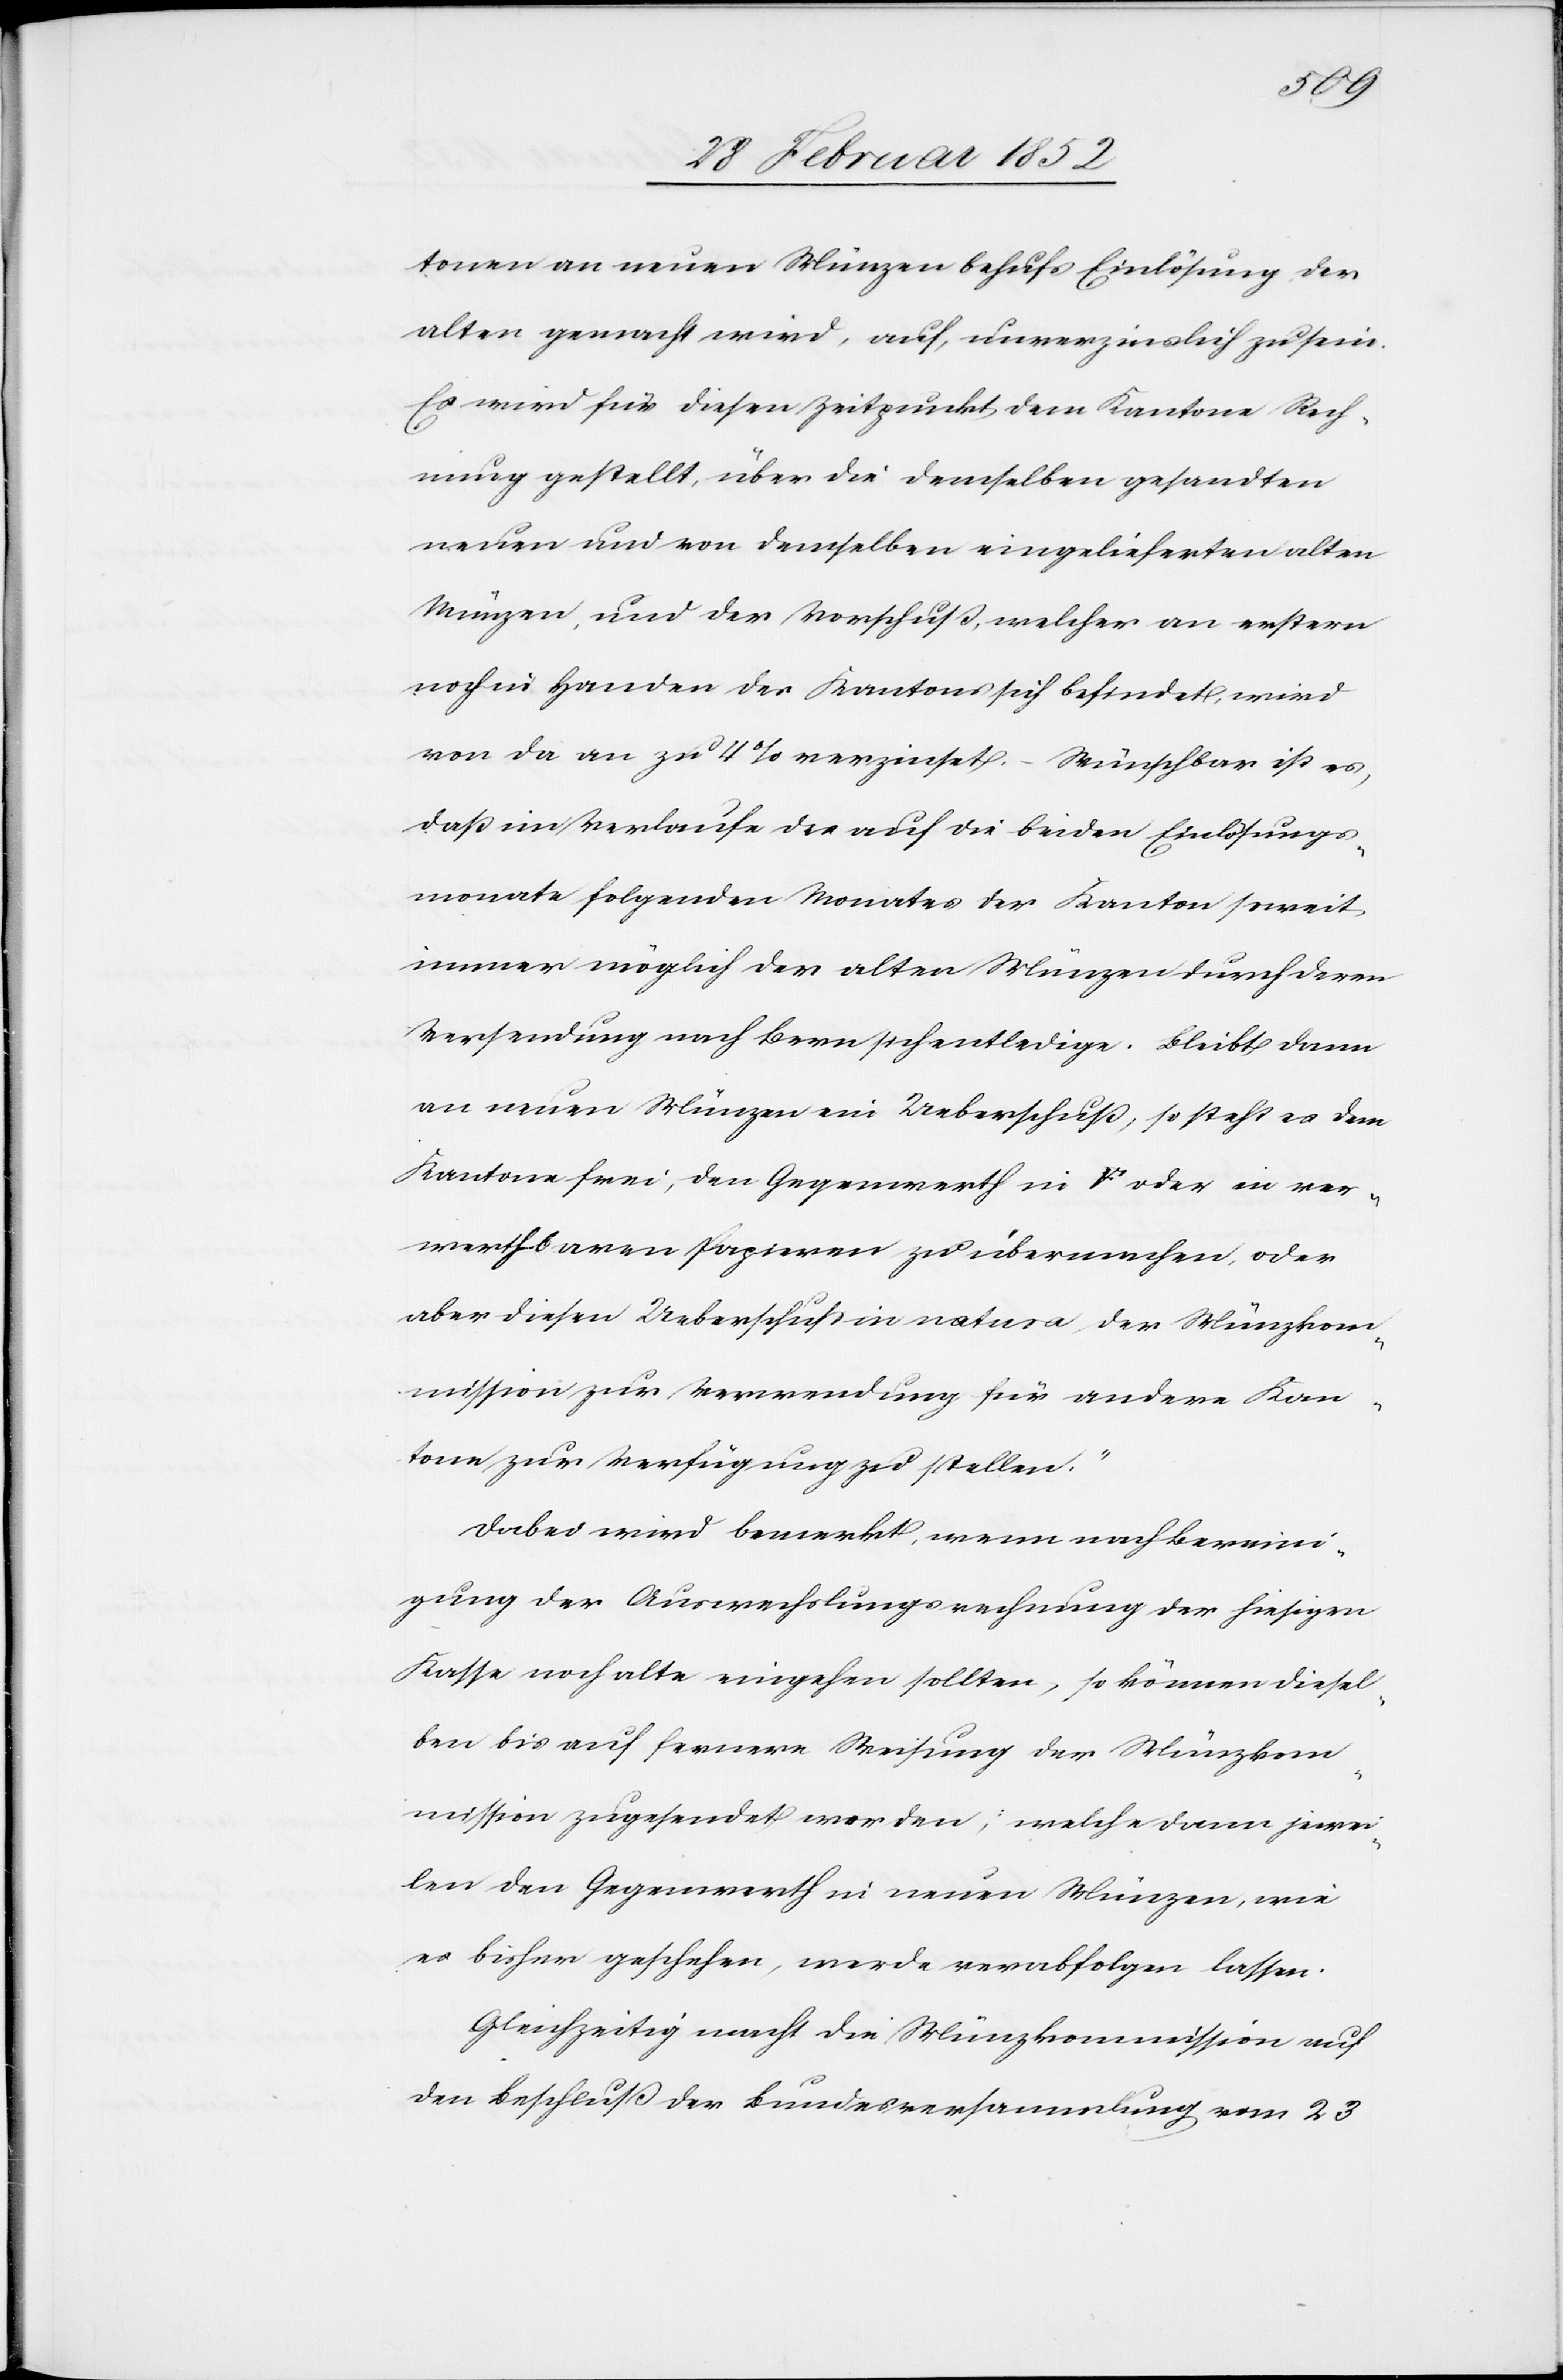
tonen an neuen Münzen behufs Einlösung der
alten gemacht wird, auf, unverzinslich zu sein.
Es wird für diesen Zeitpunkt dem Kantone Rech¬
nung gestellt, über die demselben gesandten
neuen und von demselben eingelieferten alten
Münzen, und der Vorschuß, welcher an erstern
noch in handen des Kantons sich befindet, wird
von da an zu 4% verzinset. Wünschbar ist es,
daß im Verlaufe des auf die beiden Einlösungs¬
monate folgenden Monates der Kanton soweit
immer möglich der alten Münzen durch deren
Versendung nach Bern sich entledige. Bleibt dann
an neuen Münzen ein Ueberschuß, so steht es dem
Kantone frei, den Gegenwerth in [Fünffranken] oder in ver¬
werthbaren Papieren zu übermachen, oder
aber diesen Ueberschuß in natura der Münzkom¬
mission zur Verwendung für andere Kan¬
tone zur Verfügung zu stellen.“
Dabei wird bemerkt, wenn nach Bereini¬
gung der Auswechslungsrechnung der hiesigen
Kasse noch alte eingehen sollten, so können diesel¬
ben bis auf fernere Weisung der Münzkom¬
mission zugesendet werden, welche dann jewei¬
len den Gegenwerth in neuen Münzen, wie
es bisher geschehen, werde verabfolgen lassen.
Gleichzeitig macht die Münzkommission auch
den Beschluß der Bundesversammlung vom 23